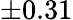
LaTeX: \pm 0.31